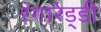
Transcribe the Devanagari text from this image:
रंगारेड्‍डी